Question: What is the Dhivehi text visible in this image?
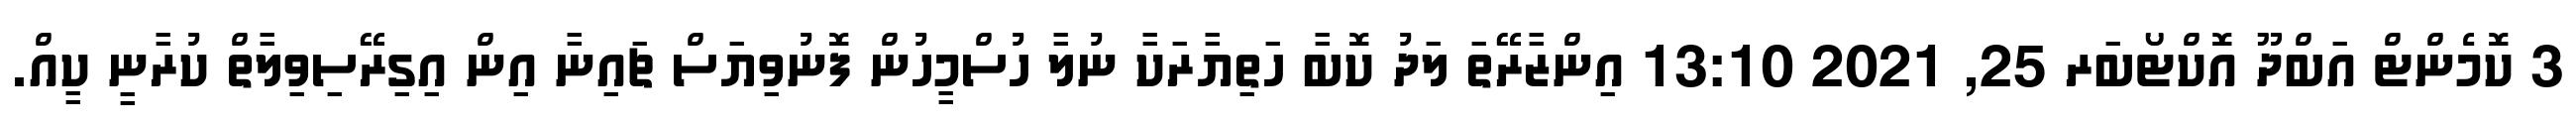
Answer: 3 ކޮމެންޓް އަބްދޫ އޮކްޓޯބަރ 25, 2021 13:10 އިންޒާރޭތަ ލަދު ކޮބާ ހަތިޔާރަކާ ނުލާ ހުސްމީހުން ފޮނުވިޔަސް ޗައިނާ އިން އިގިރޭސިވިލާތް ކުރާނީ ކީއް.